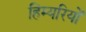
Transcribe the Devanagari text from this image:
हिम्यरियों